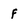
Character: f